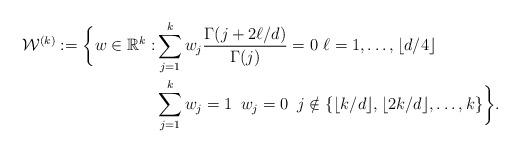
LaTeX: \begin{align*}\mathcal{W}^{(k)} := \biggl\{ w \in \mathbb{R}^k : &\sum_{j=1}^k w_j \frac{\Gamma(j+2 \ell/d)}{\Gamma(j)} =0 \, \, \ell=1, \ldots, \lfloor d/4 \rfloor \\&\sum_{j=1}^k w_j= 1\, \, \, w_j=0 \, \, \, j \notin \{ \lfloor k/d \rfloor, \lfloor 2k/d \rfloor, \ldots, k\} \biggr\}.\end{align*}